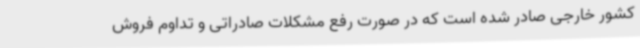
کشور خارجی صادر شده است که در صورت رفع مشکلات صادراتی و تداوم فروش